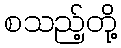
စသည့်တို့